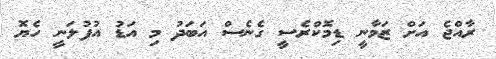
ރާއްޖެ އަށް ޒަމާނީ ޑިމޮކްރެސީ ގެނެސް އަބަދު މި އަޑު އުފުލަނީ ހެޔޮ